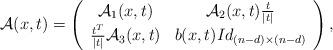
LaTeX: \begin{align*}\mathcal{A}(x,t)= \left( {\begin{array}{cc} \mathcal{A}_1(x,t)& \mathcal{A}_2(x,t) \frac{t}{|t|}\\ \frac{t^T}{|t|} \mathcal{A}_3(x,t) & b(x,t)Id_{(n-d)\times (n-d)} \\ \end{array} } \right),\end{align*}